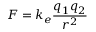
F = k _ { e } { \frac { q _ { 1 } q _ { 2 } } { r ^ { 2 } } }